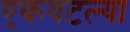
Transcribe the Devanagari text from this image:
एकवटल्या